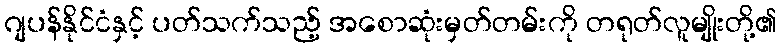
ဂျပန်နိုင်ငံနှင့် ပတ်သက်သည့် အစောဆုံးမှတ်တမ်းကို တရုတ်လူမျိုးတို့၏